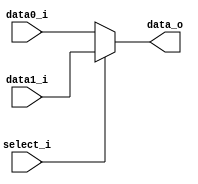
module Mux #(parameter width = 32) (
	input [width-1:0] data0_i,
	input [width-1:0] data1_i,
	input select_i,
	output [width-1:0] data_o
);

assign data_o = (select_i == 1) ? data1_i : data0_i;

endmodule